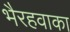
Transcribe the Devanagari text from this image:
भैरहवाका